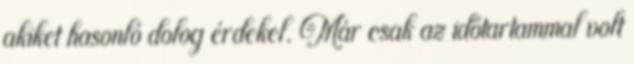
akiket hasonló dolog érdekel. Már csak az időtartammal volt